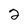
Character: 2